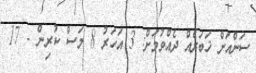
ސަންއަށް ޚަބަރެއް ދެއްވުމަށް: 3 އަހަރު 8 މަސް ކުރިން - 17